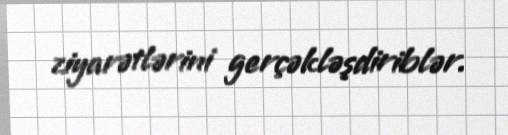
ziyarətlərini gerçəkləşdiriblər.